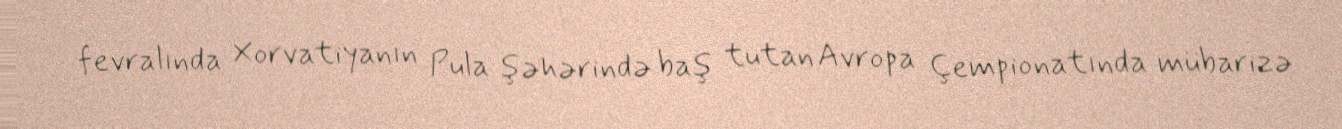
fevralında Xorvatiyanın Pula şəhərində baş tutan Avropa Çempionatında mübarizə